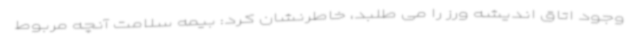
وجود اتاق اندیشه ورز را می طلبد، خاطرنشان کرد: بیمه سلامت آنچه مربوط